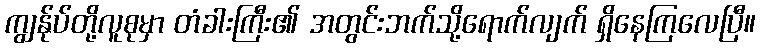
ကျွန်ုပ်တို့လူစုမှာ တံခါးကြီး၏ အတွင်းဘက်သို့ရောက်လျက် ရှိနေကြလေပြီ။